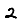
Digit: 2